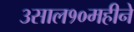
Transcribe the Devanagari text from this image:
३साल१०महीने